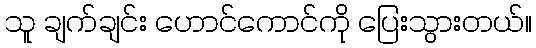
သူ ချက်ချင်း ဟောင်ကောင်ကို ပြေးသွားတယ်။